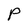
Character: P